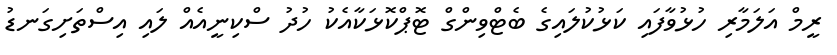
ރީމް އަލަމާރި ހުޅުވާފައި ކަޅުކުލައިގެ ބެޓްވިންގް ޓޮޕްކޮޅަކާއެކު ހުދު ސްކިނީއެއް ލައި އިސްތަށިގަނޑު